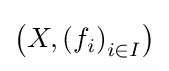
\left(X,\left(f_{i}\right)_{i\in I}\right)